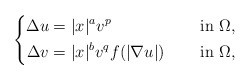
\begin{align*}\left\{\begin{aligned}\Delta u&=|x|^{a}v^{p} &&\quad\mbox{ in } \Omega, \\\Delta v&=|x|^{b}v^{q}f(|\nabla u|) &&\quad\mbox{ in } \Omega,\end{aligned}\right.\end{align*}